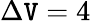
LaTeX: \Delta\mathtt{V}=4